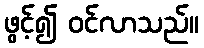
ဖွင့်၍ ဝင်လာသည်။